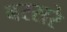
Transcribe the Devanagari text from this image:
बरसरे